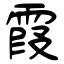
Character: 霞